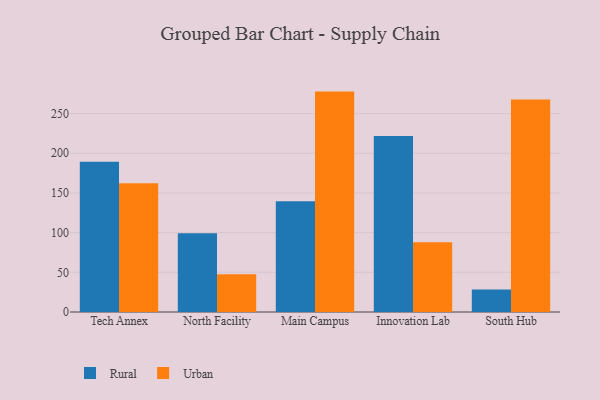
{"axis": {"x": "Campus", "y": "Net Income (USD K)"}, "legend": ["Rural", "Urban"], "data": [{"x": "Tech Annex", "y": 189.2, "type": "Rural"}, {"x": "Tech Annex", "y": 162.1, "type": "Urban"}, {"x": "North Facility", "y": 99.3, "type": "Rural"}, {"x": "North Facility", "y": 47.5, "type": "Urban"}, {"x": "Main Campus", "y": 139.4, "type": "Rural"}, {"x": "Main Campus", "y": 277.7, "type": "Urban"}, {"x": "Innovation Lab", "y": 221.8, "type": "Rural"}, {"x": "Innovation Lab", "y": 87.9, "type": "Urban"}, {"x": "South Hub", "y": 28.5, "type": "Rural"}, {"x": "South Hub", "y": 267.6, "type": "Urban"}]}